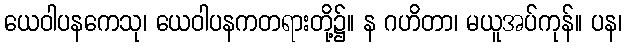
ယေဝါပနကေသု၊ ယေဝါပနကတရားတို့၌။ န ဂဟိတာ၊ မယူအပ်ကုန်။ ပန၊